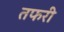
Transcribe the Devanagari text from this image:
तफरी